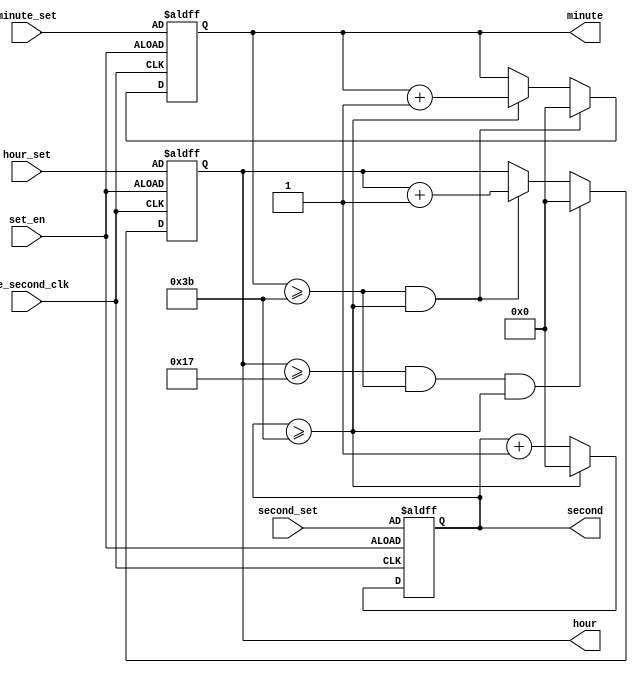
/*
 * 
 * 
 */




module ClockRun(
	input one_second_clk,//1s

	input [5:0] hour_set,
	input [5:0] minute_set,
	input [5:0] second_set,    //

	input set_en,  //

	output reg [5:0] hour,
	output reg [5:0] minute,
	output reg [5:0] second    //
	);

	// reg set;
	
	initial
	begin
		hour = 6'b000000;
		minute = 6'b000000;
		second = 6'b000000;  
		// set = 1'b0;
	end
	//00:00:00

	// always @ (set_en)
	// begin
	// 	if (set_en == 1'b1)
	// 		set = 1'b1;
	// 	//set1
	// end

	always @ (posedge one_second_clk or posedge set_en)
	begin
		if (set_en == 1'b1) // 
		begin
			hour <= hour_set;
			minute <= minute_set;
			second <= second_set;
			//set = 1'b0;
		end

		else if (one_second_clk == 1'b1)
		begin
			if (second >= 6'd59)
			begin
				second <= 6'b0;
				minute <= minute + 1'b1;
			end
			else
				second <= second + 1'b1;
			
			if (minute >= 6'd59 && second >= 6'd59)
			begin
				minute <= 6'b0;
				hour <= hour + 1'b1;
			end

			if (hour >= 6'd23 && minute >= 6'd59 && second >= 6'd59)
			begin
				hour <= 6'b0;
			end
		end
	end

endmodule